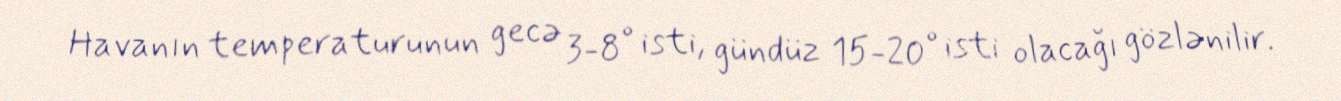
Havanın temperaturunun gecə 3-8° isti, gündüz 15-20° isti olacağı gözlənilir.